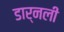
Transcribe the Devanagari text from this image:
डार्नली